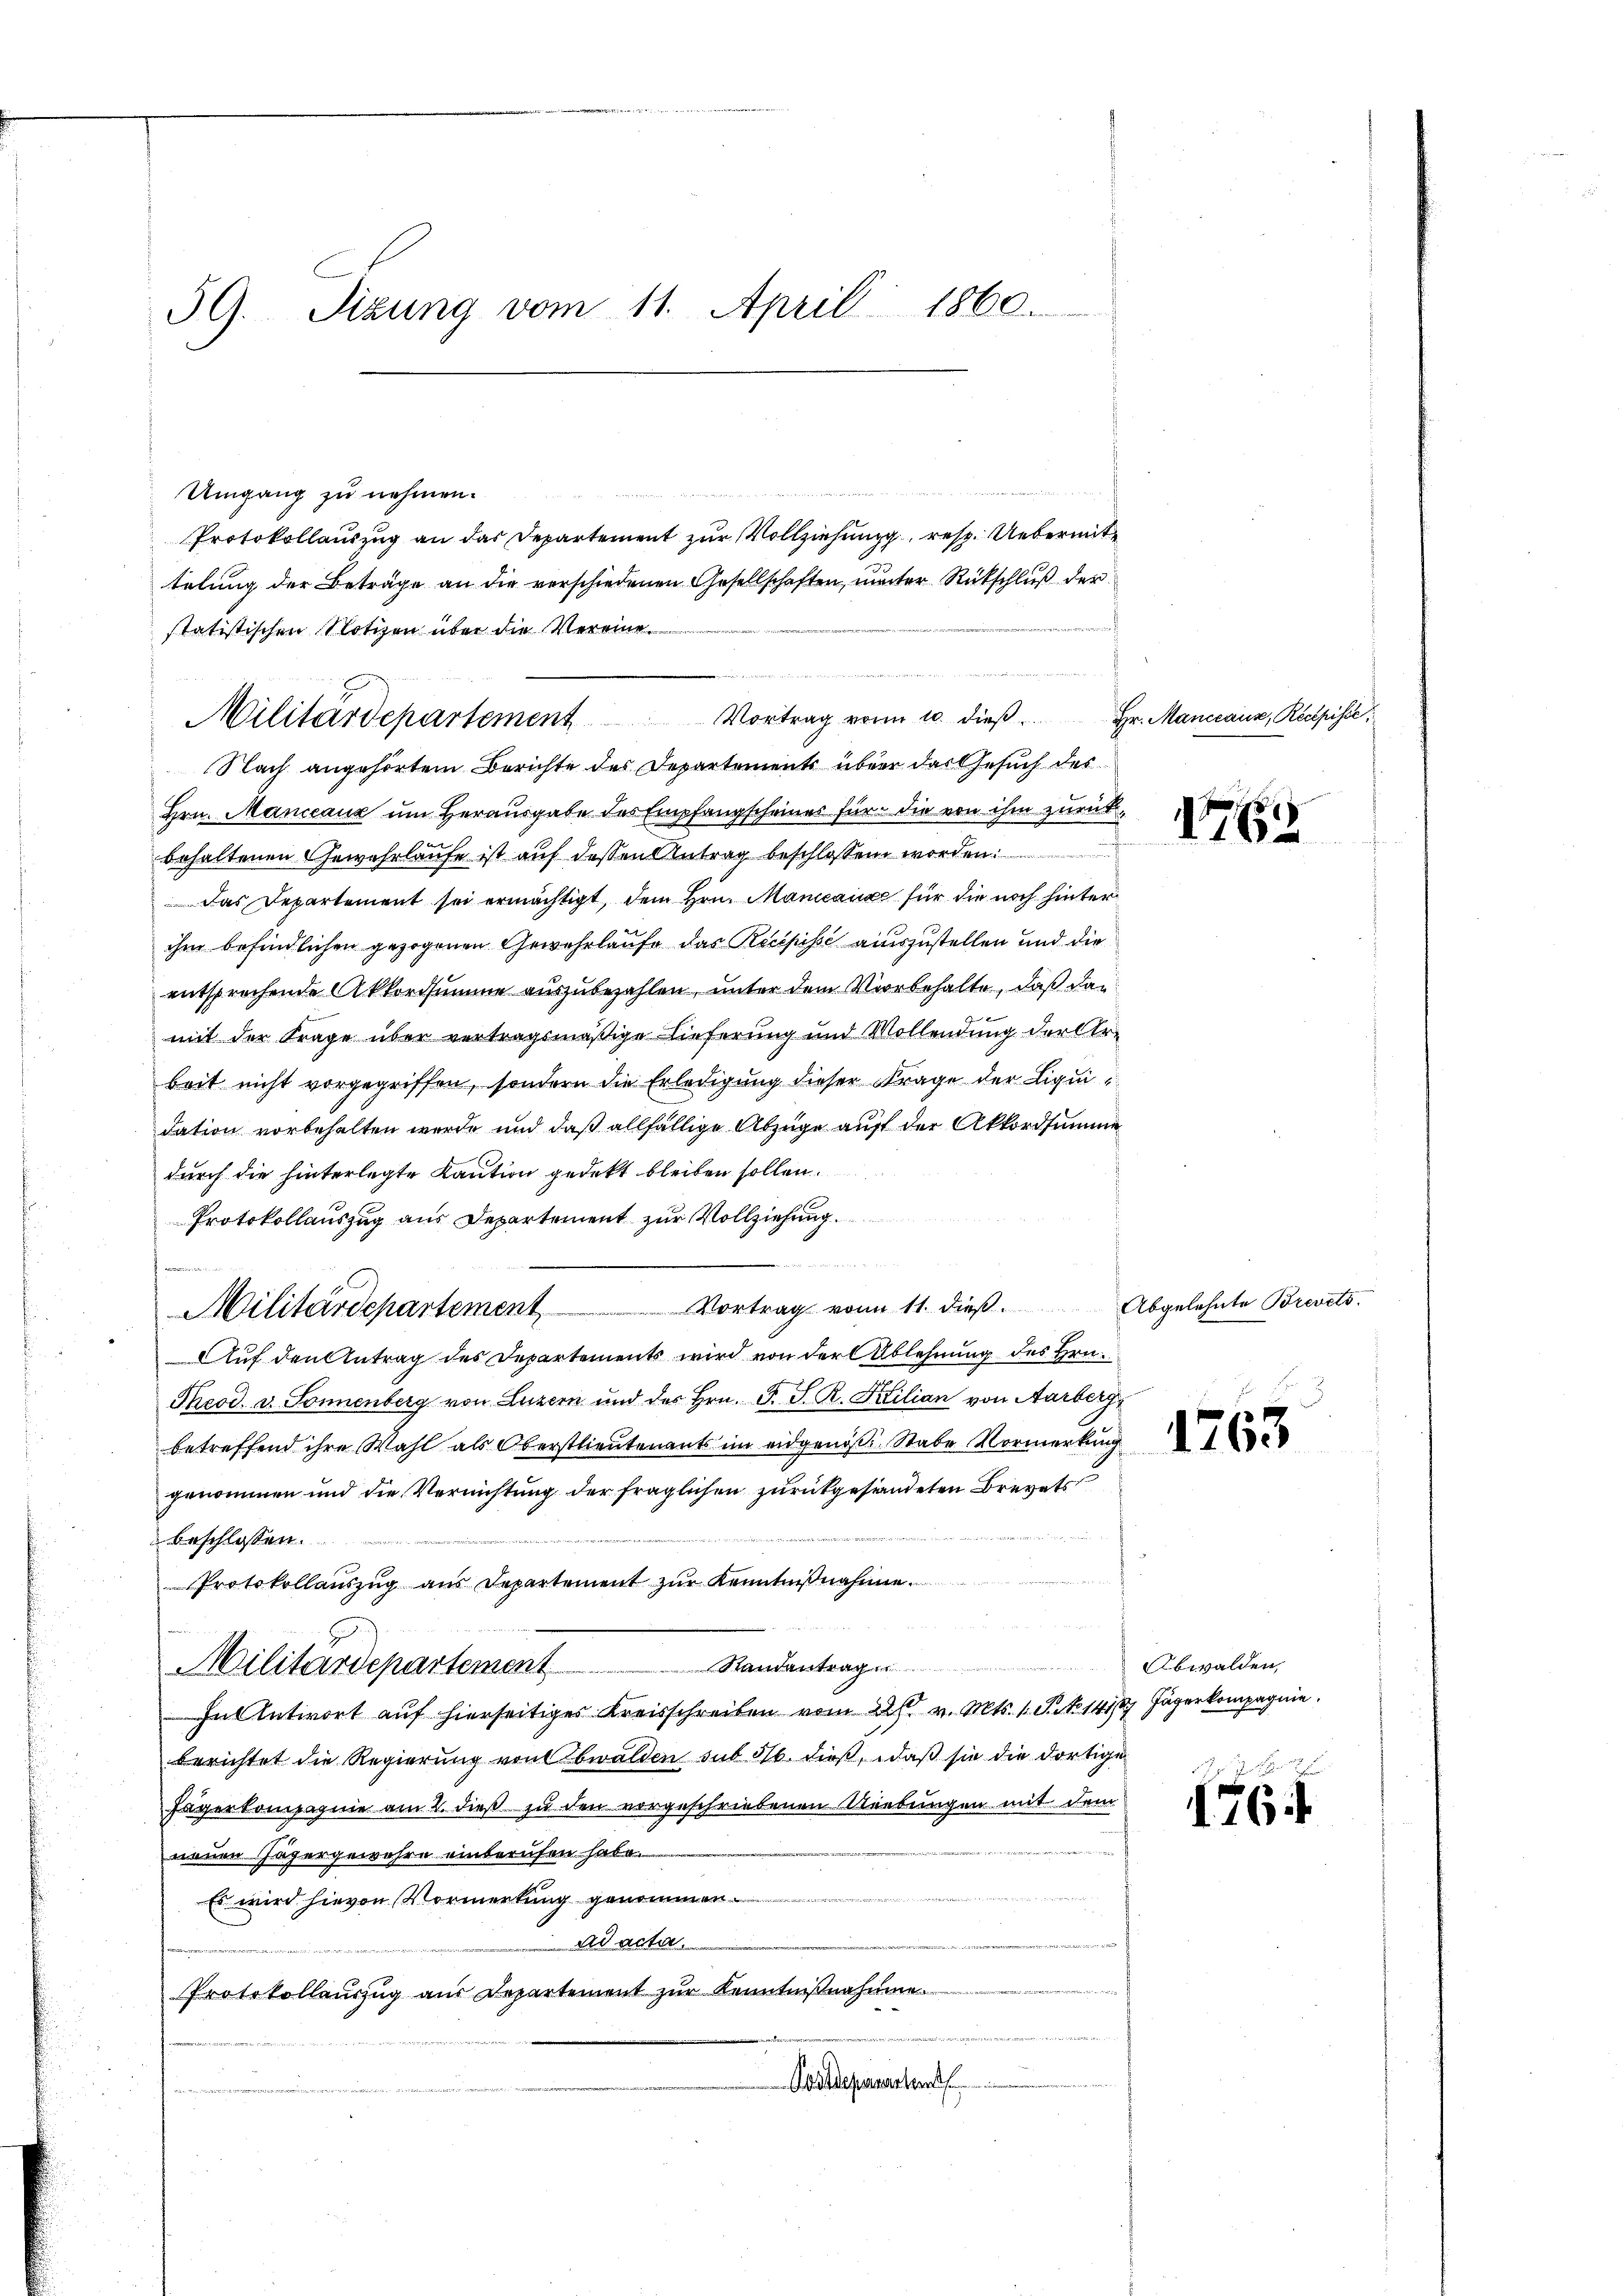
39. Sizung vom 11. April 1860.

Umgang zu nehmen.
Protokollauszug an das Departement zur Vollziehung, resp. Uebermittelung der Beträge an die verschiedenen Gesellschaften, unter Rückschluß der
f
statistischen Notizen über die Vereine
Nach angehörtem Berichte des Departements über das Gesuch des
Hrn. Mancanz um Herausgabe des Empfangscheines für die von ihm zurückbehaltenen Gewahrlaufe ist auf dessen Antrag beschlossen worden:
Das Departement sei ermächtigt, dem Hrn. Mancanze für die noch hinter
ihm befindlichen gezogenen Gewehrlaufe das Recepisse auszustellen und die
entsprechende Akkordsumme auszubezahlen, unter dem Vorbehalte, daß dan
mit der Frage über vertragsmäßige Lieferung und Vollendung der trebeit nicht vorgegriffen, sondern die Erledigung dieser Frage der Liquidation vorbehalten wurde und daß allfällige Abzüge auf der Akkordsumme
durch die hinterlegte Kaution gedekt bleiben sollen.
Protokollauszug aus Departement zur Vollziehung.
Militärdepartement Vortrag vom 11. dieß. Abgelehnte Brevets.
Auf den Antrag des Departements wird von der Ablehnung des Hrn.
Theod. v. Sonnenberg von Luzern und des Hrn. F. S. R. Szilian von Aarberg,
betreffend ihre Wahl als Oberstlieutenants im eidgenoße Stabe Vormerkung
genommen und die Vernichtung der fraglichen zurückgesendeten Brevets
Beschlossen.
Protokollauszug aus Departement zur Kenntnißnahme.
Randantrag
Militärdepartement
hn Antwort auf hierseitiges Kreisschreiben vom 22. s. v. Mts. 1. S. No 141/8 Jägerkompagnie
berichtet die Regierung von Obwalden sub 316. dieß, daß sie die dortige
Jägerkompagnie am 2. dieß zu den vorgeschriebenen Niebungen mit dem
neuen Jägergewahre einberufen habe.
Es wird hievon Vormerkung genommen.
ad acta.
Protokollaŭszŭg aŭs Departement zŭr Kenntniβnahmen.
Postdeparten

Militärdepartement Vortrag von 10. dieβ.  Hr. Manccauz, Recepisse,

1763

Obwalden,

6